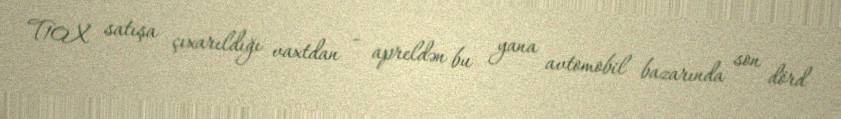
T10X satışa çıxarıldığı vaxtdan - apreldən bu yana avtomobil bazarında son dörd